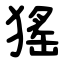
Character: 猺